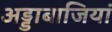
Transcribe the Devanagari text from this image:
अड्डाबाजियां